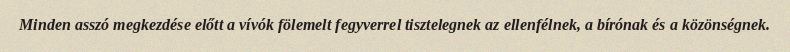
Minden asszó megkezdése előtt a vívók fölemelt fegyverrel tisztelegnek az ellenfélnek, a bírónak és a közönségnek.